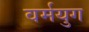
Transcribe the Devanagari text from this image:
वर्मयुग